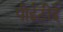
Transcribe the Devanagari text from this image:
पीईटीई